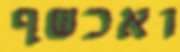
ואכשף